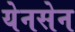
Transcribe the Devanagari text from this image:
येनसेन